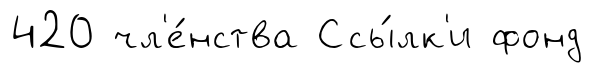
420 чл'е́нства Ссы́лк'и фонд